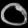
Digit: ၀